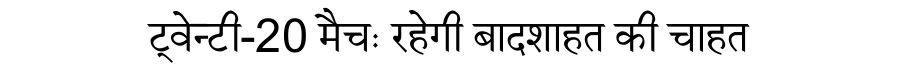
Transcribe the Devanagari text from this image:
ट्वेन्टी-20 मैचः रहेगी बादशाहत की चाहत